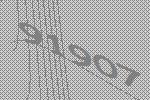
91907